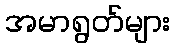
အမာရွတ်များ